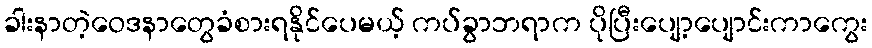
ခါးနာတဲ့ဝေဒနာတွေခံစားရနိုင်ပေမယ့် ကပ်ခွာဘရာက ပိုပြီးပျော့ပျောင်းကာကွေး